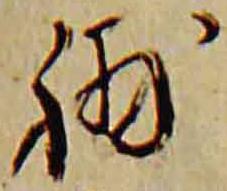
補